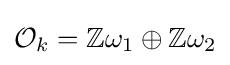
{\mathcal {O}}_{k}=\mathbb {Z} \omega _{1}\oplus \mathbb {Z} \omega _{2}